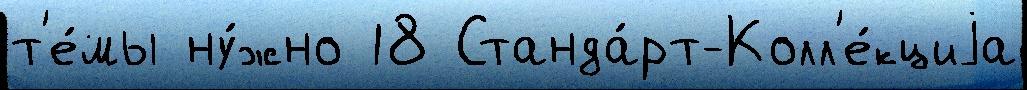
т'е́мы ну́жно 18 Станда́рт-Колл'е́кциjа